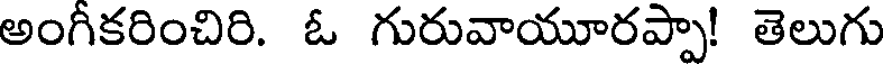
అంగీకరించిరి. ఓ గురువాయూరప్పా! తెలుగు